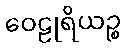
ဝေဠုရိယဉ္စ